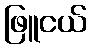
ဖြူငယ်